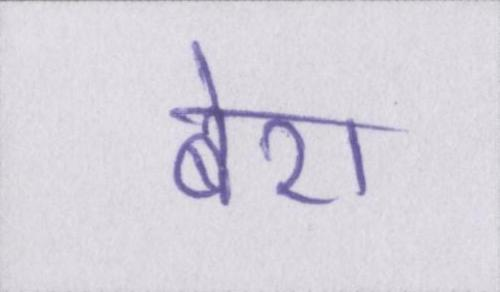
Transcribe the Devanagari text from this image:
बेरा